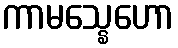
ကာမသ္နေဟော